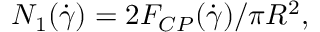
N _ { 1 } ( \dot { \gamma } ) = 2 F _ { C P } ( \dot { \gamma } ) / { \pi } R ^ { 2 } ,